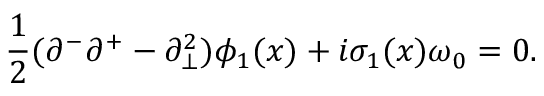
{ \frac { 1 } { 2 } } ( \partial ^ { - } \partial ^ { + } - \partial _ { \bot } ^ { 2 } ) \phi _ { 1 } ( x ) + i \sigma _ { 1 } ( x ) \omega _ { 0 } = 0 .